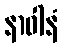
နာဝါနံ